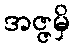
အဇ္ဇမှိ